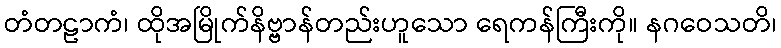
တံတဠာကံ၊ ထိုအမြိုက်နိဗ္ဗာန်တည်းဟူသော ရေကန်ကြီးကို။ နဂဝေသတိ၊